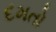
દમતો